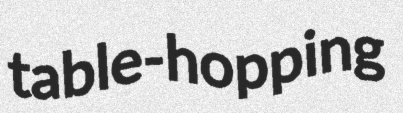
table-hopping